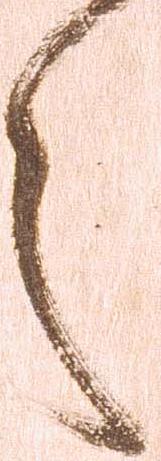
之